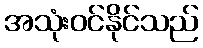
အသုံးဝင်နိုင်သည်